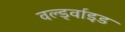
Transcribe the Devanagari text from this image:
वर्ल्ड्वाइड